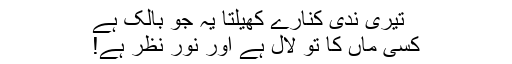
تیری ندی کنارے کھیلتا یہ جو بالک ہے
کسی ماں کا تو لال ہے اور نورِ نظر ہے!